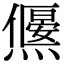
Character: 𤑅